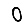
Digit: 0